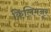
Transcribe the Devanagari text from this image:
किलिमनूर